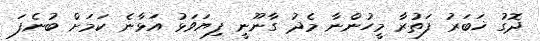
ދޮގު ޚަބަރު ފަތުރާ މީހުންނާ މެދު ގާނޫނީ ފިޔަވަޅު އަޅާނެ ކަަމަށް ބުނެފަ